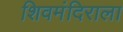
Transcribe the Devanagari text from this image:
शिवमंदिराला